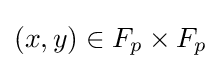
(x,y)\in F_{p}\times F_{p}